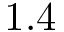
1 . 4